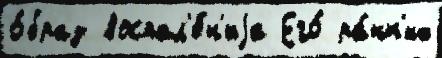
о́браз воспал'е́н'иjа Его́ ра́нн'их